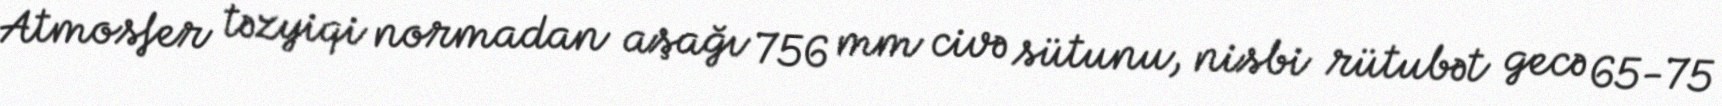
Atmosfer təzyiqi normadan aşağı 756 mm civə sütunu, nisbi rütubət gecə 65-75